Indian journal of veterinary science and animal husbandry - Volume 5,
Year: 1935
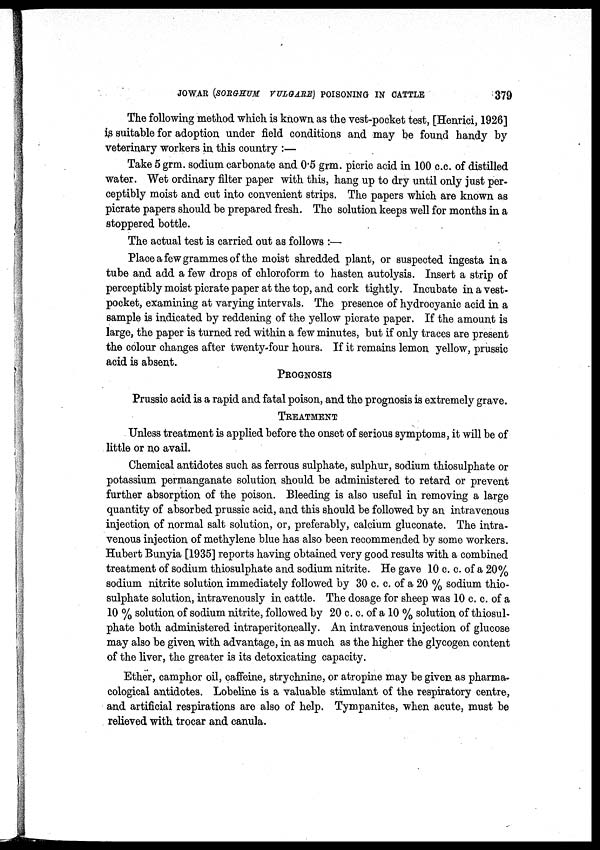
JOWAR (SORGHUM VULGARE) POISONING IN CATTLE
379
The following method which is known as the vest-pocket test, [Henrici, 1926]
is suitable for adoption under field conditions and may be found handy by
veterinary workers in this country :—
Take 5grm. sodium carbonate and 0.5 grm. picric acid in 100 c.c. of distilled
water. Wet ordinary filter paper with this, hang up to dry until only just per-
ceptibly moist and cut into convenient strips. The papers which are known as
picrate papers should be prepared fresh. The solution keeps well for months in a
stoppered bottle.
The actual test is carried out as follows :—
Place a few grammes of the moist shredded plant, or suspected ingesta in a
tube and add a few drops of chloroform to hasten autolysis. Insert a strip of
perceptibly moist picrate paper at the top, and cork tightly. Incubate in a vest-
pocket, examining at varying intervals. The presence of hydrocyanic acid in a
sample is indicated by reddening of the yellow picrate paper. If the amount is
large, the paper is turned red within a few minutes, but if only traces are present
the colour changes after twenty-four hours. If it remains lemon yellow, prussic
acid is absent.
PROGNOSIS
Prussic acid is a rapid and fatal poison, and the prognosis is extremely grave.
TREATMENT
Unless treatment is applied before the onset of serious symptoms, it will be of
little or no avail.
Chemical antidotes such as ferrous sulphate, sulphur, sodium thiosulphate or
potassium permanganate solution should be administered to retard or prevent
further absorption of the poison. Bleeding is also useful in removing a large
quantity of absorbed prussic acid, and this should be followed by an intravenous
injection of normal salt solution, or, preferably, calcium gluconate. The intra-
venous injection of methylene blue has also been recommended by some workers.
Hubert Bunyia [1935] reports having obtained very good results with a combined
treatment of sodium thiosulphate and sodium nitrite. He gave 10 c. c. of a 20%
sodium nitrite solution immediately followed by 30 c. c. of a 20 % sodium thio-
sulphate solution, intravenously in cattle. The dosage for sheep was 10 c. c. of a
10 % solution of sodium nitrite, followed by 20 c. c. of a 10 % solution of thiosul-
phate both administered intraperitoneally. An intravenous injection of glucose
may also be given with advantage, in as much as the higher the glycogen content
of the liver, the greater is its detoxicating capacity.
Ether, camphor oil, caffeine, strychnine, or atropine may be given as pharma-
cological antidotes. Lobeline is a valuable stimulant of the respiratory centre,
and artificial respirations are also of help. Tympanites, when acute, must be
relieved with trocar and canula.